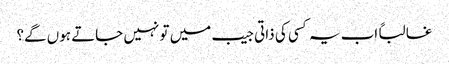
غالباً اب یہ کسی کی ذاتی جیب میں تو نہیں جاتے ہوں گے؟